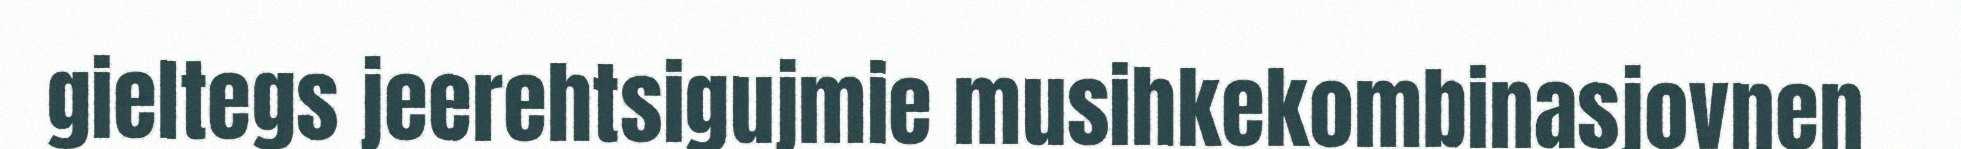
gieltegs jeerehtsigujmie musihkekombinasjovnen